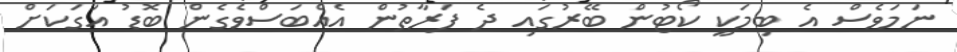
ނަމަވެސް އެ ބިމަކީ ކޯޓުން ބޭރުގައި ދެ ފަރާތުން އެއްބަސްވެގެން ބޮޑު އަގަކަށް